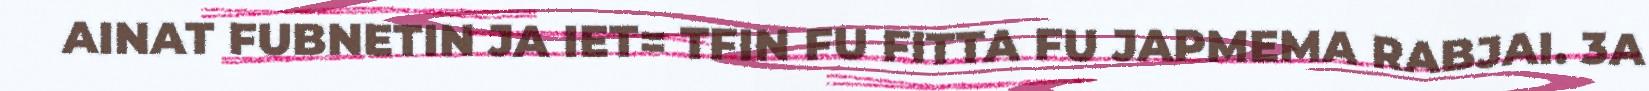
AINAT FUBNETIN JA IET= TFIN FU FITTA FU JAPMEMA RABJAI. 3A